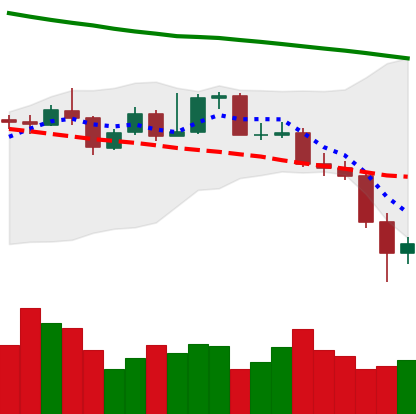
Ticker: XMR-USD
Chart end date: 2019-11-23
Forward return: 3.686%
Label: up_3_5